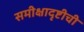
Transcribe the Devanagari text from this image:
समीक्षादृष्टीची